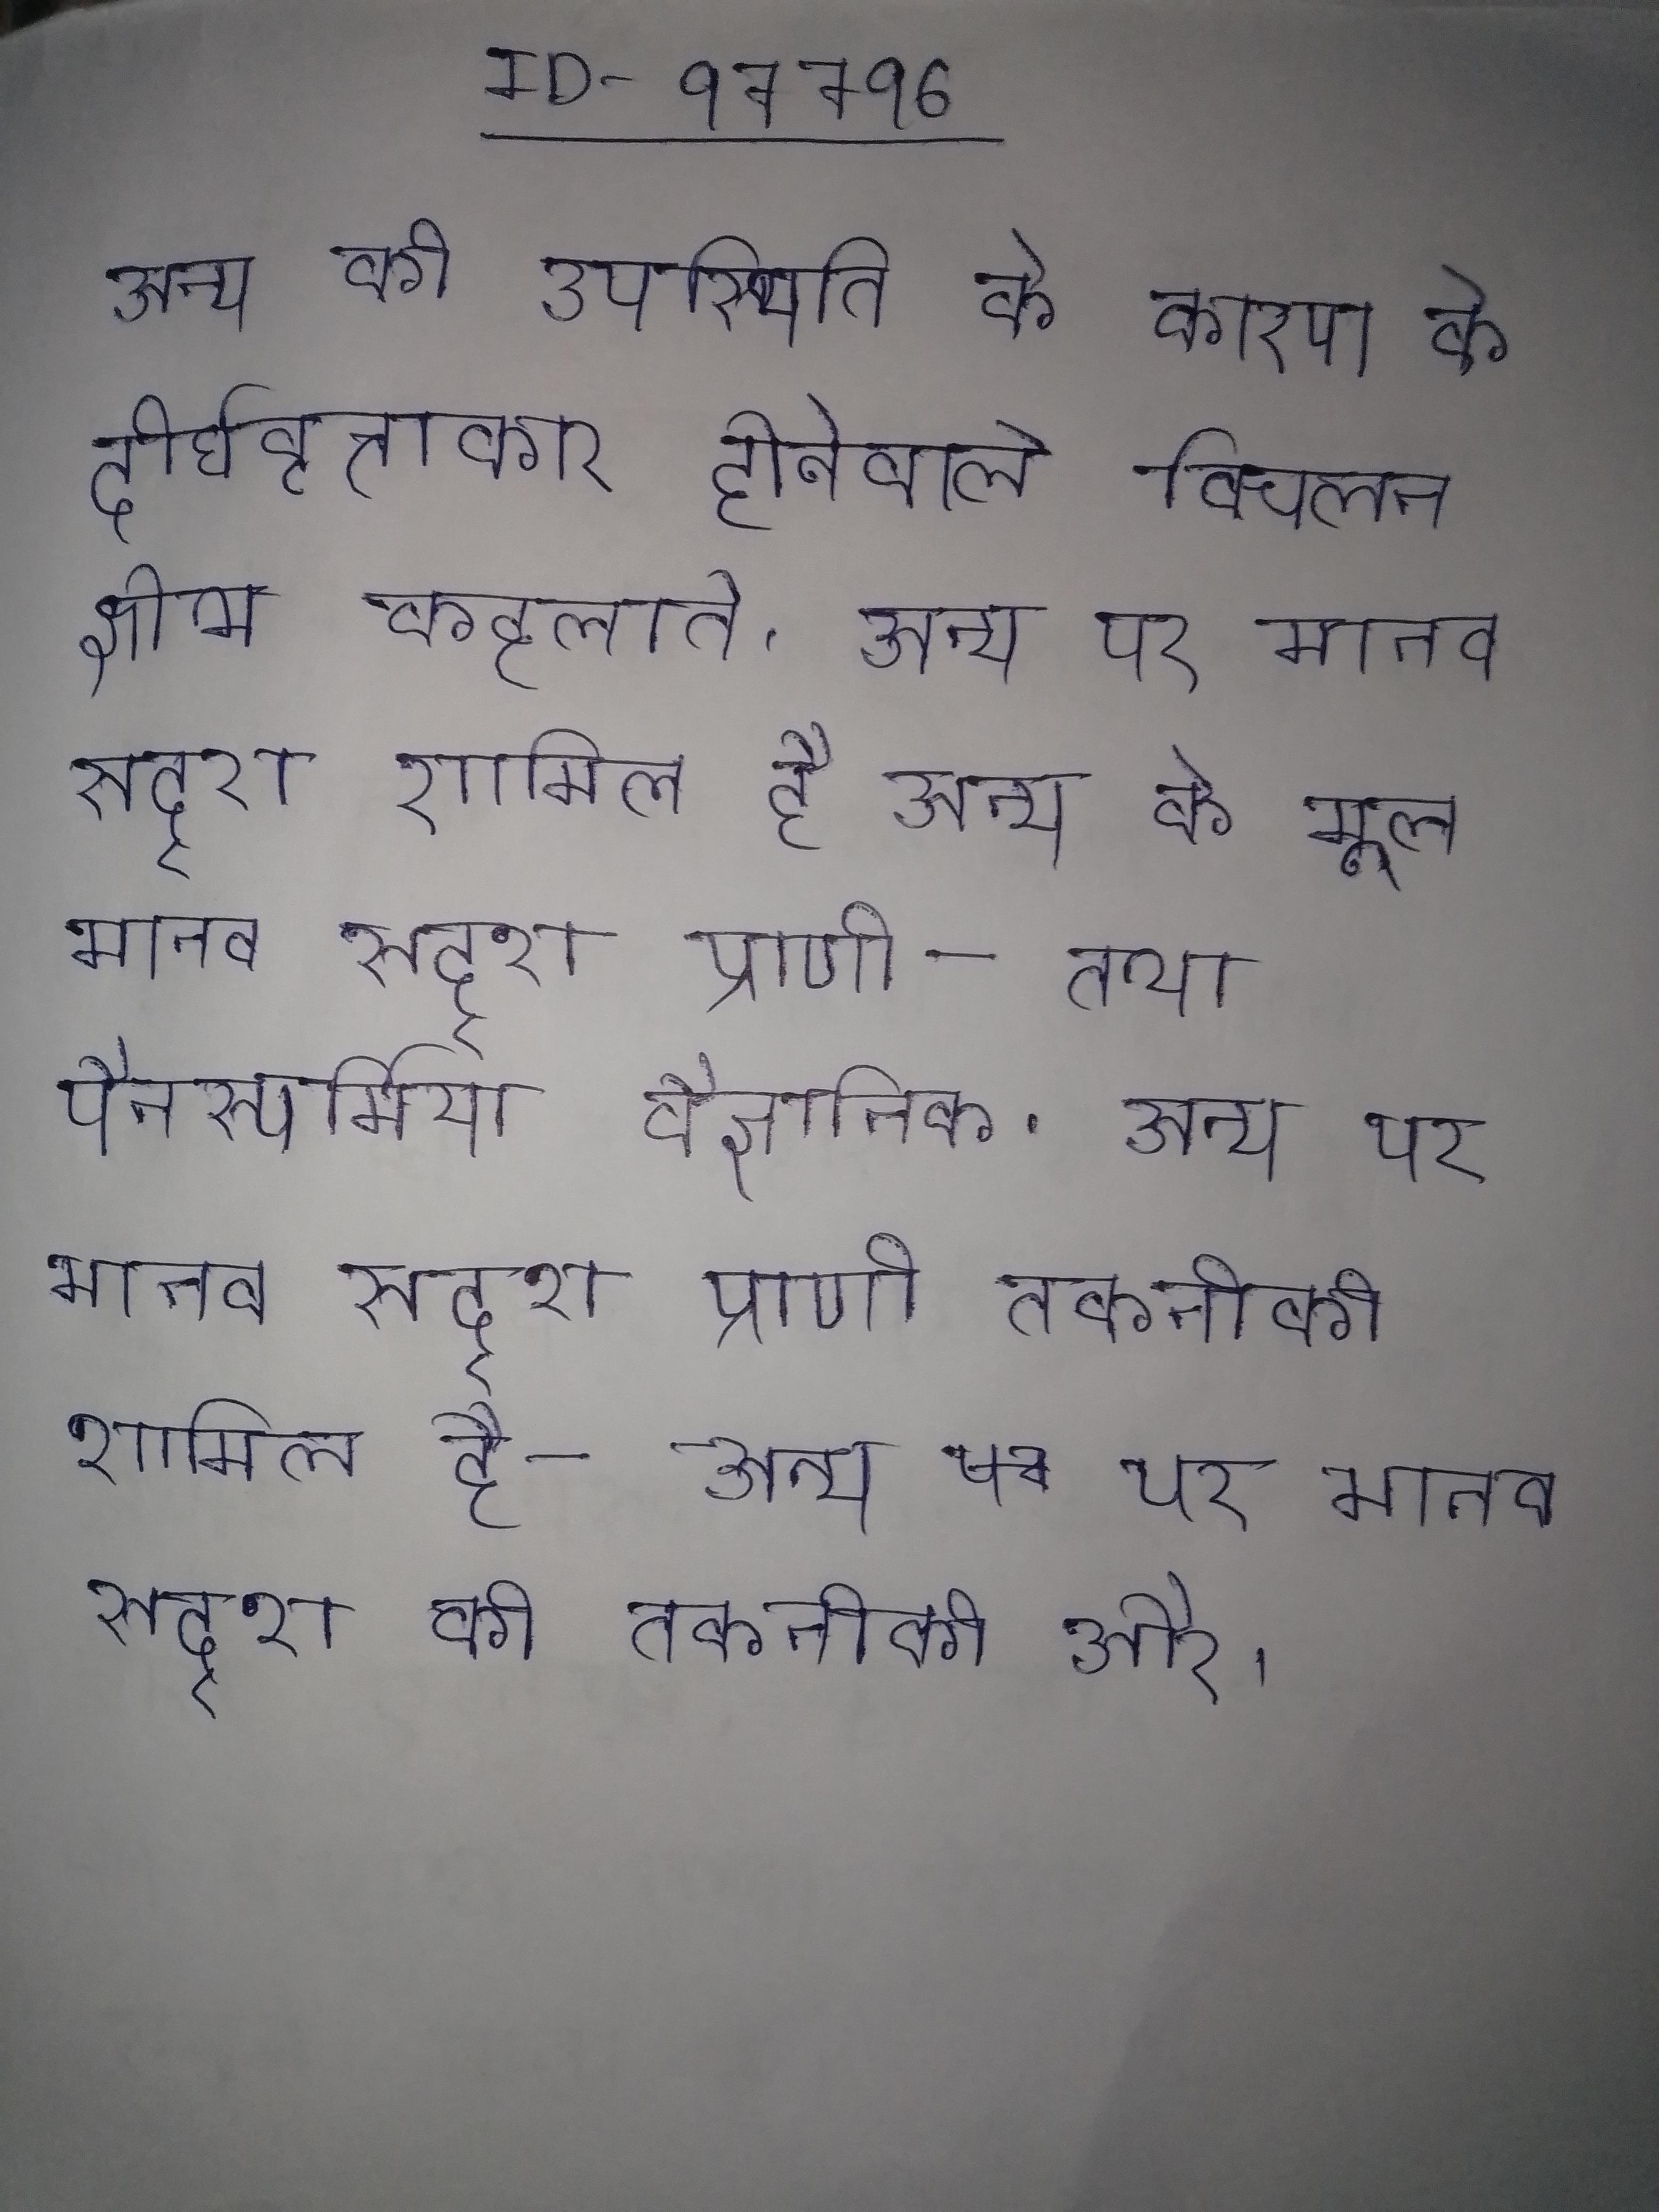
अन्य की उपस्थिति के कारण के दीर्घवृत्ताकार होनेवाले विचलन क्षोभ कहलाते । अन्य पर मानव सदृश शामिल है अन्य के मूल मानव सदृश प्राणी - तथा पैनस्पर्मिया वैज्ञानिक . अन्य पर मानव सदृश प्राणी तकनीकी शामिल है - अन्य पर मानव सदृश की तकनीकी और .